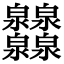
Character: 𤆁